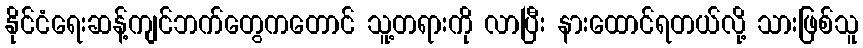
နိုင်ငံရေးဆန့်ကျင်ဘက်တွေကတောင် သူ့တရားကို လာပြီး နားထောင်ရတယ်လို့ သားဖြစ်သူ